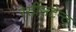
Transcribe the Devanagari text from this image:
रेसीसटेन्ट